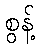
စွန့်